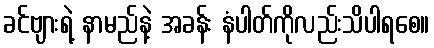
ခင်ဗျားရဲ့ နာမည်နဲ့ အခန်း နံပါတ်ကိုလည်းသိပါရစေ။